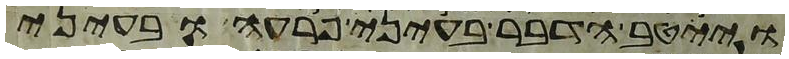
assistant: וייטב הדבר בעיני פרעה ובעיני